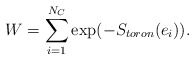
\begin{align*}W = \sum _{i=1}^{N_C} \hbox{exp} (- S_{toron}(e_i)).\end{align*}